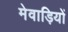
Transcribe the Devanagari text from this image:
मेवाड़ियों